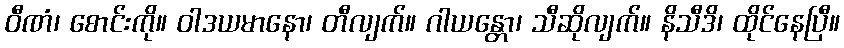
ဝီဏံ၊ စောင်းကို။ ဝါဒယမာနော၊ တီလျက်။ ဂါယန္တော၊ သီဆိုလျက်။ နိသီဒိ၊ ထိုင်နေပြီ။